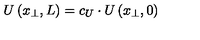
U \left( x _ { \perp } , L \right) = c _ { U } \cdot U \left( x _ { \perp } , 0 \right)